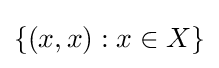
\{(x,x):x\in X\}